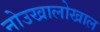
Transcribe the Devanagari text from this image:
नोउखालोखाल